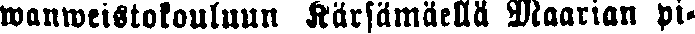
wanweistokouluun Kärsämäellä Maarian pi-